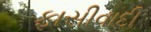
ફાસીવાદી